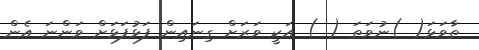
ތާވަޅަ( )ނުވަތަ ( ) އަކީ ވަރަށް ގިނައިން ފަޅުފަޅަށް ވަންނަ އެން